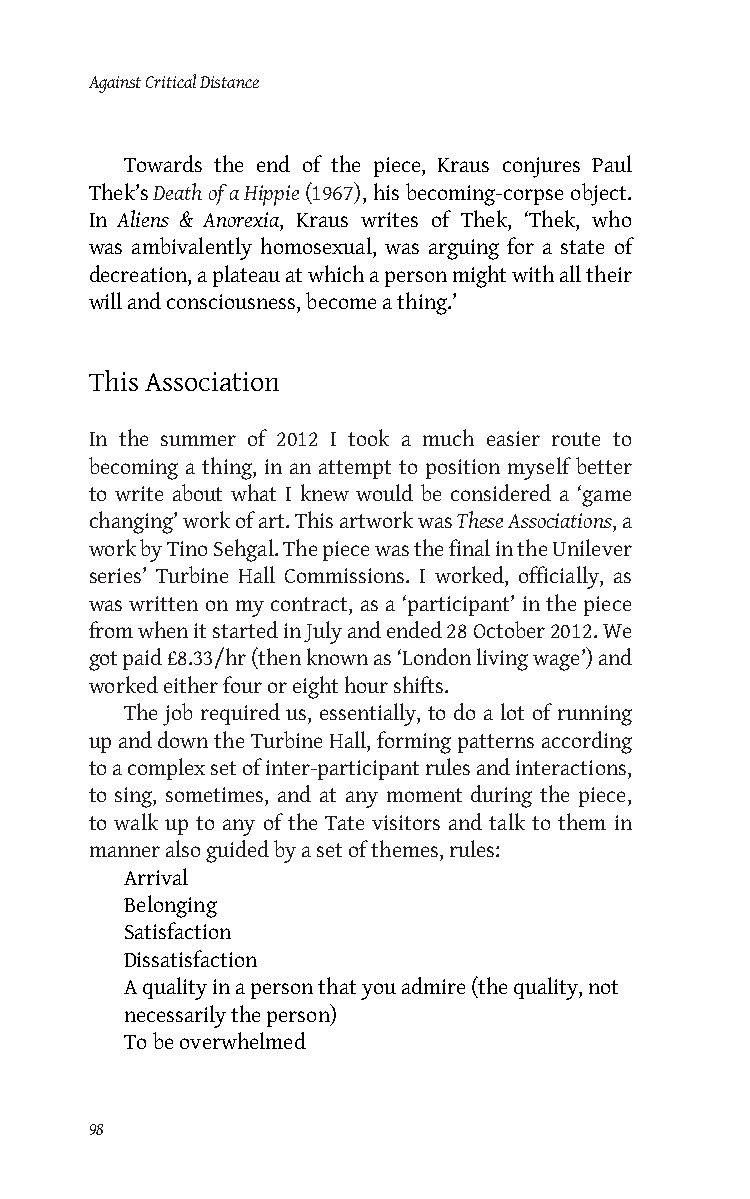
Against Critical Distance
 Towards the end of the piece, Kraus conjures Paul
 Thek’s Death of a Hippie (1967), his becoming-corpse object.
 In Aliens & Anorexia, Kraus writes of Thek, ‘Thek, who
 was ambivalently homosexual, was arguing for a state of
 decreation, a plateau at which a person might with all their
 will and consciousness, become a thing.’
 This Association
 In the summer of 2012 I took a much easier route to
 becoming a thing, in an attempt to position myself better
 to write about what I knew would be considered a ‘game
 changing’ work of art. This artwork was These Associations, a
 work by Tino Sehgal. The piece was the final in the Unilever
 series’ Turbine Hall Commissions. I worked, officially, as
 was written on my contract, as a ‘participant’ in the piece
 from when it started in July and ended 28 October 2012. We
 got paid £8.33/hr (then known as ‘London living wage’) and
 worked either four or eight hour shifts.
 The job required us, essentially, to do a lot of running
 up and down the Turbine Hall, forming patterns according
 to a complex set of inter-participant rules and interactions,
 to sing, sometimes, and at any moment during the piece,
 to walk up to any of the Tate visitors and talk to them in
 manner also guided by a set of themes, rules:
 Arrival
 Belonging
 Satisfaction
 Dissatisfaction
 A quality in a person that you admire (the quality, not
 necessarily the person)
 To be overwhelmed
 98